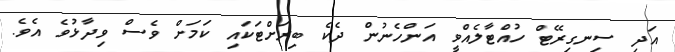
އަދި ސިނގިރޭޓް ހުއްޓާލެއްވީ އަންހެނުން ދެކެ ބިރަށްޓަކައި ކަމަށް ވެސް ވިދާޅުވެ އެވެ.